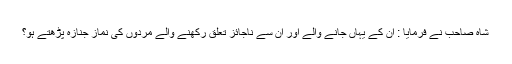
شاہ صاحب نے فرمایا : ان کے یہاں جانے والے اور ان سے ناجائز تعلق رکھنے والے مردوں کی نماز جنازہ پڑھتے ہو؟